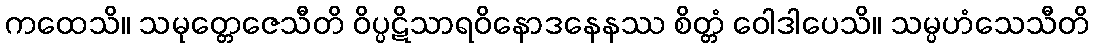
ကထေသိ။ သမုတ္တေဇေသီတိ ဝိပ္ပဋိသာရဝိနောဒနေနဿ စိတ္တံ ဝေါဒါပေသိ။ သမ္ပဟံသေသီတိ